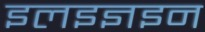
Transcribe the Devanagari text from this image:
इलइज्ञइन